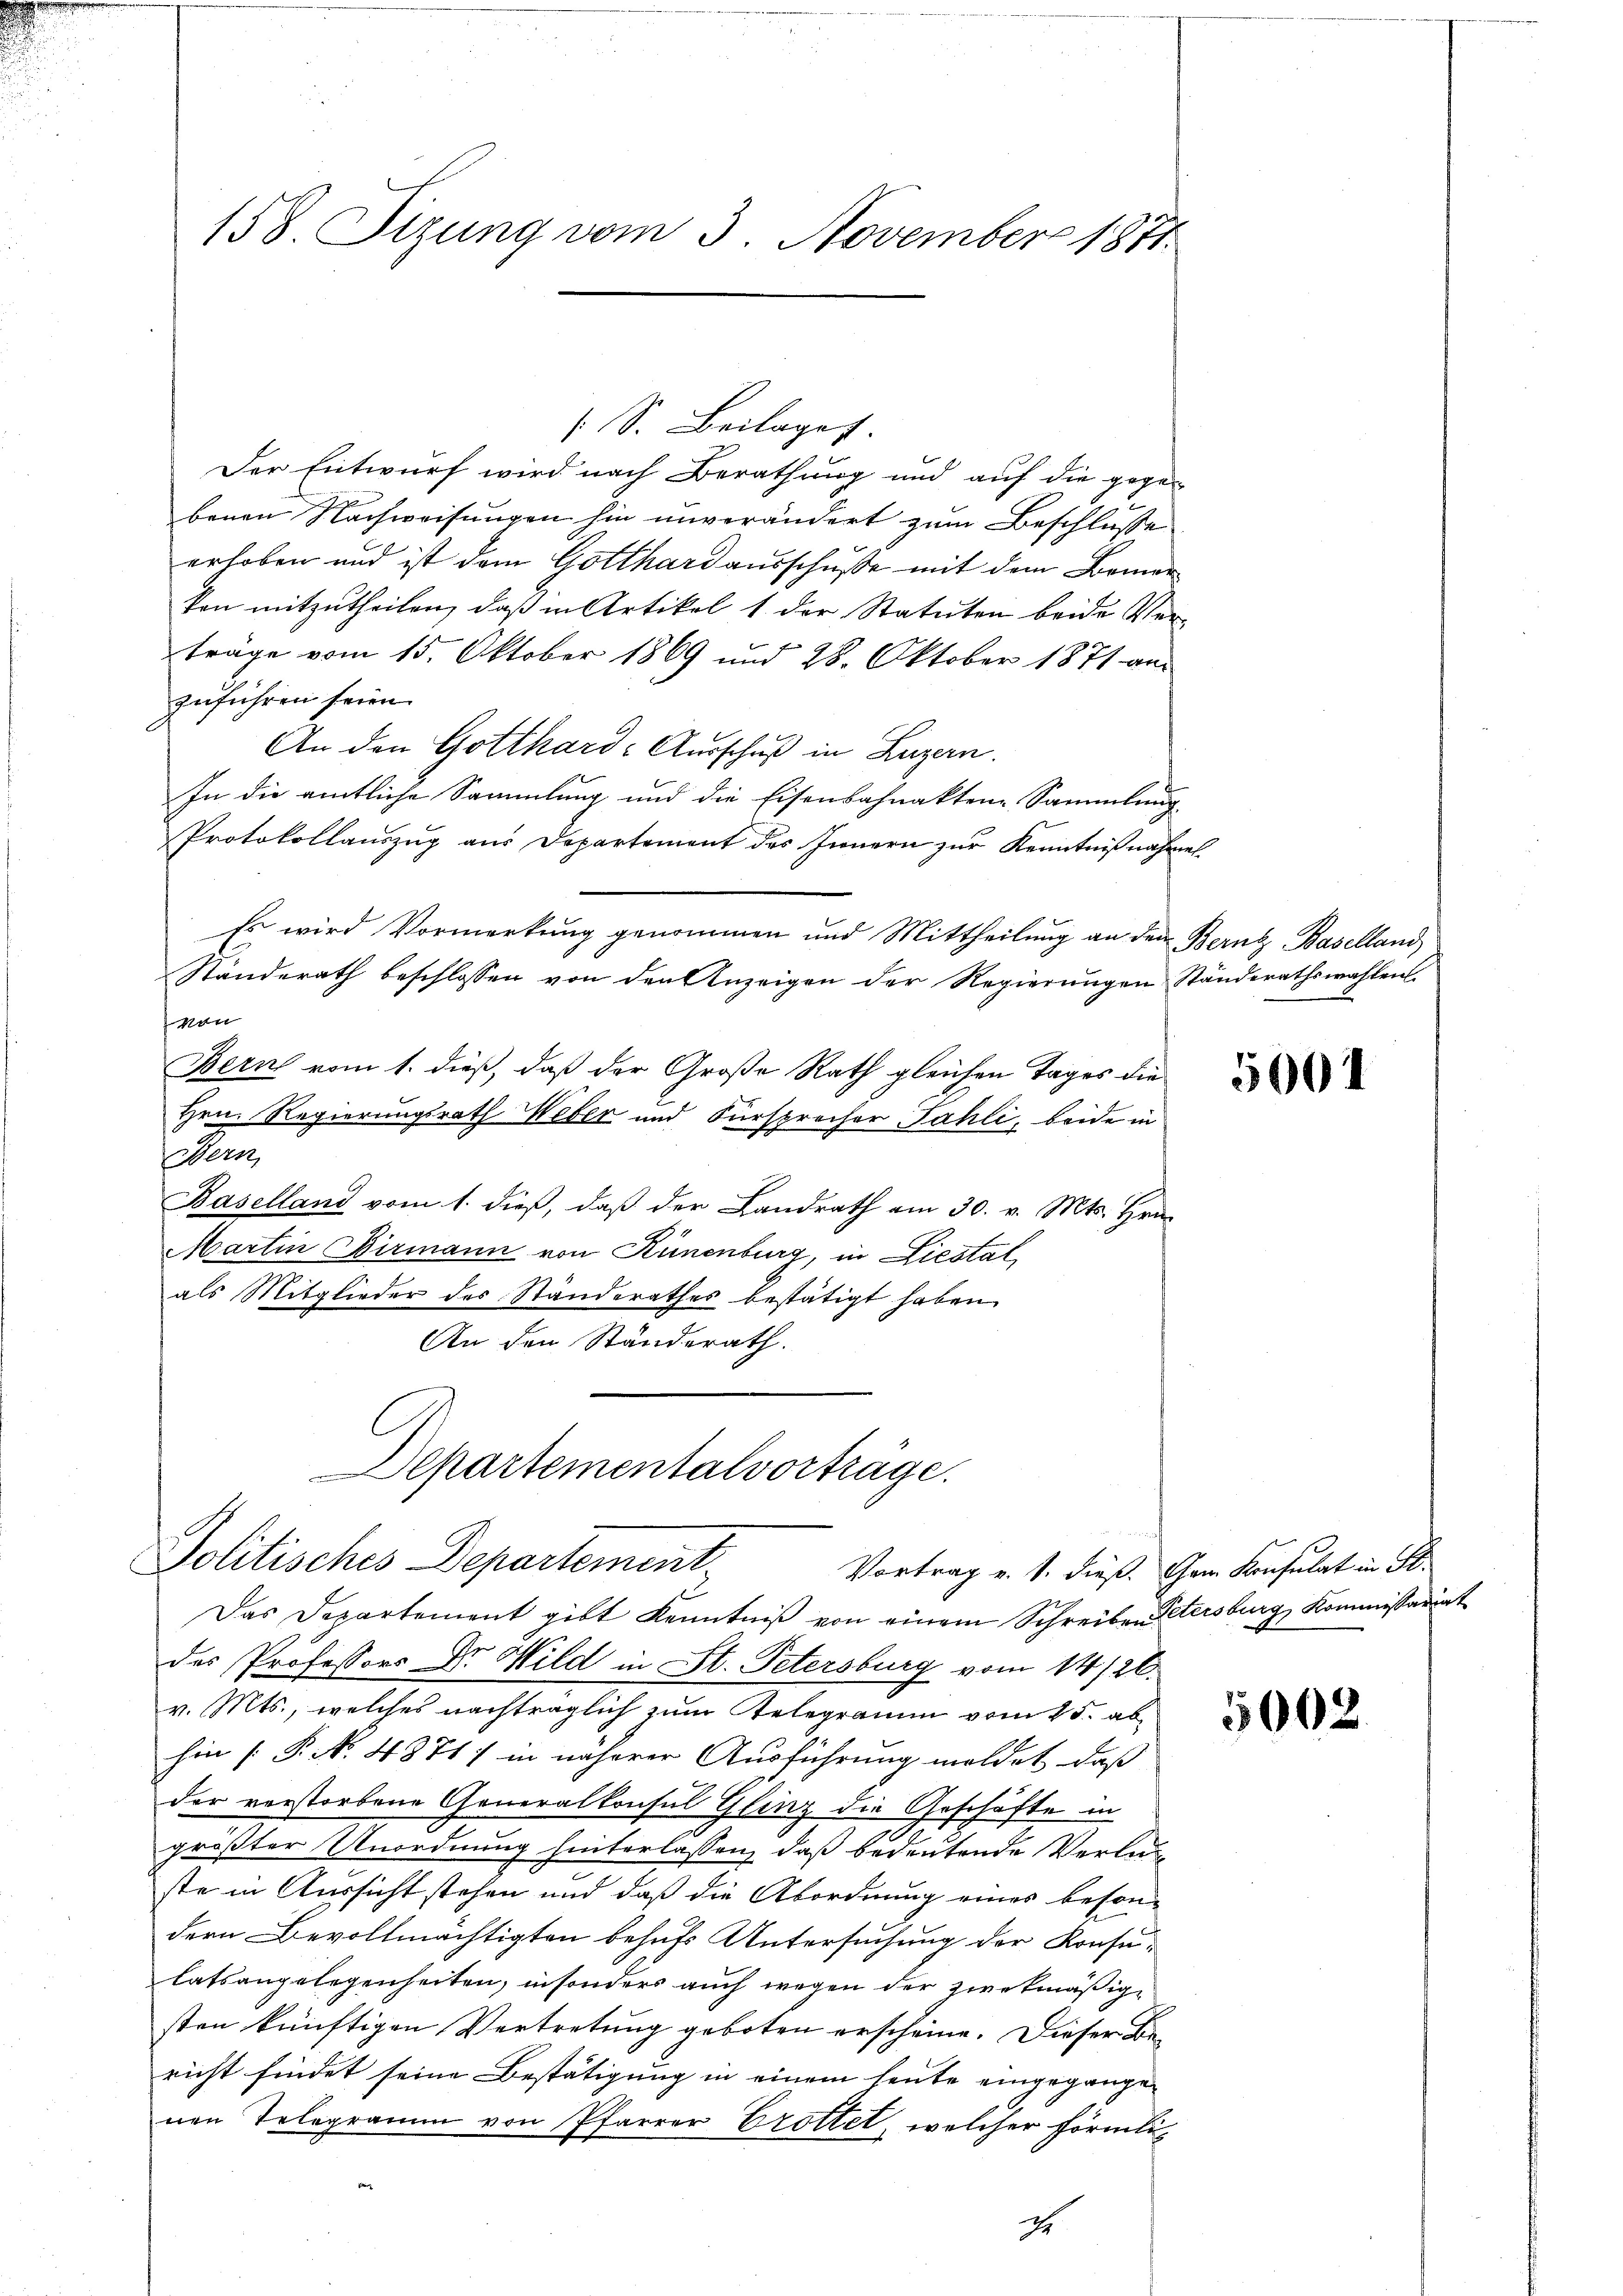
S. Beilages.
Der Entwurf wird nach Berathung und auf die gegen
benen Nachweisungen hin unverändert zum Beschlusse
erhoben und ist dem Gotthard ausschusse mit dem Bemerkon mitzŭtheilen, daβ in Artikel 1 der Statuten beide Verträge vom 15. Oktober 1869 und 28. Oktober 1871 an
zuführen seien.
An den Gotthard-Ausschuß in Luzern.
In die amtliche Sammlung und die Eisenbahnakten-Sammlung
Protokollauszug aus Departement des Innern zur Kenntnißnahmel
Es wird Vormerkung genommen und Mittheilung an den Bern Baselland,
Standerath beschlossen von den Anzeigen der Regierungen Ständerathswahlen
von
Bern vom 1. dieß, daß der Große Rath gleichen Tages die
Hrn. Regierungsrath Weber und Fürsprecher Fahli, beide in
Bern,
Baselland vom 1. dieß, daß der Landrath am 30. v. Mts. Hrn.
Martin Birmann von Künenburg, in Liestal
als Mitglieder des Standerathes bestätigt haben.
An den Standerath.
Departementalvorträge.
Politisches Departement.
Vortrag v. 1. dieß. Dem Konsulat in St.
Das Departement gibt Kenntniß von einem Schreiben Petersburg, Kommissariat
des Professors Dr. Wild in St. Petersburg vom 14/26.
v. Mts., welches nachträglich zum Telegramm vom 15. ab
hin [P. N. 4871; in näherer Ausführung meldet, daß
der verstorbene Generalkonsul Glinz die Geschäfte in
größter Unordnung hinterlassen, daß bedeutende Verluste in Aussicht stehen und daß die Abordnung eines beson-
dern Bevollmächtigten behufs Untersuchung der Konsulatsangelegenheiten, insonders auch wegen der zwekmäßige
sten künftigen Vertretung geboten erscheine. Dieser Bericht findet seine Bestätigung in einem heute eingegangenen Telegramm von Pfarrer Brottet, welcher förmli

158. Sizung vom 3. November 1871.

.

t

5001